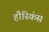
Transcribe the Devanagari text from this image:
हौस्किंस